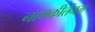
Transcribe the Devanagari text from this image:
नामकीर्तनम्